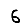
Digit: 6